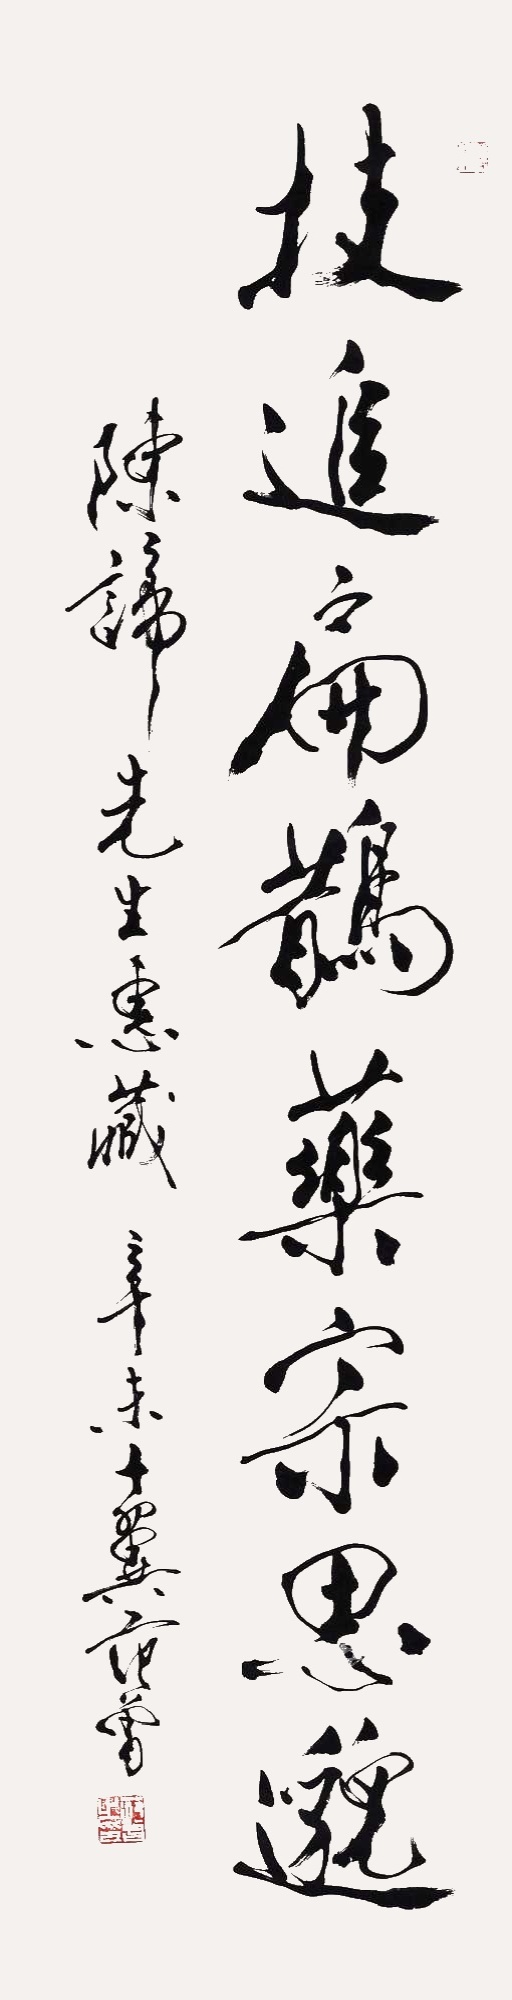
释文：技追扁鹊药宗思邈。陈谛先生惠藏。辛未，十翼范曾。